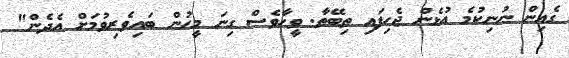
ގެއިން ނުނިކުމެ އުޅެން ޖެހިފައި ތިބޭތާ. ވީހާވެސް ގިނަ މީހުން ބައިވެރިވުމަށް އެދެން"